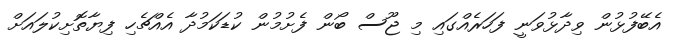
އެބޭފުޅުން ވިދާޅުވަނީ ފަހަރެއްގައި މި ޖޫސް ބޯން ފެށުމުން ކުޑަކަމުދާ އެއްޗެހި ފިޔާތޮށިކުލައަށް